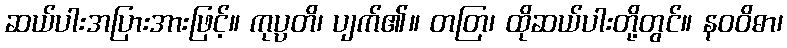
ဆယ်ပါးအပြားအားဖြင့်။ ကုပ္ပတိ၊ ပျက်၏။ တတြ၊ ထိုဆယ်ပါးတို့တွင်။ နဝဝိဓာ၊